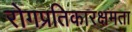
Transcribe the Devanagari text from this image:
रोगप्रतिकारक्षमता